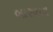
બારવાવ